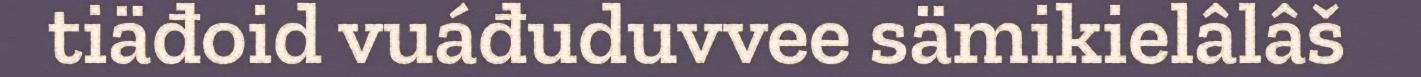
tiäđoid vuáđuduvvee sämikielâlâš